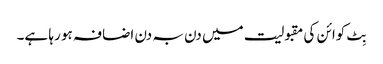
بِٹ کوائن کی مقبولیت میں دن بہ دن اضافہ ہو رہا ہے۔